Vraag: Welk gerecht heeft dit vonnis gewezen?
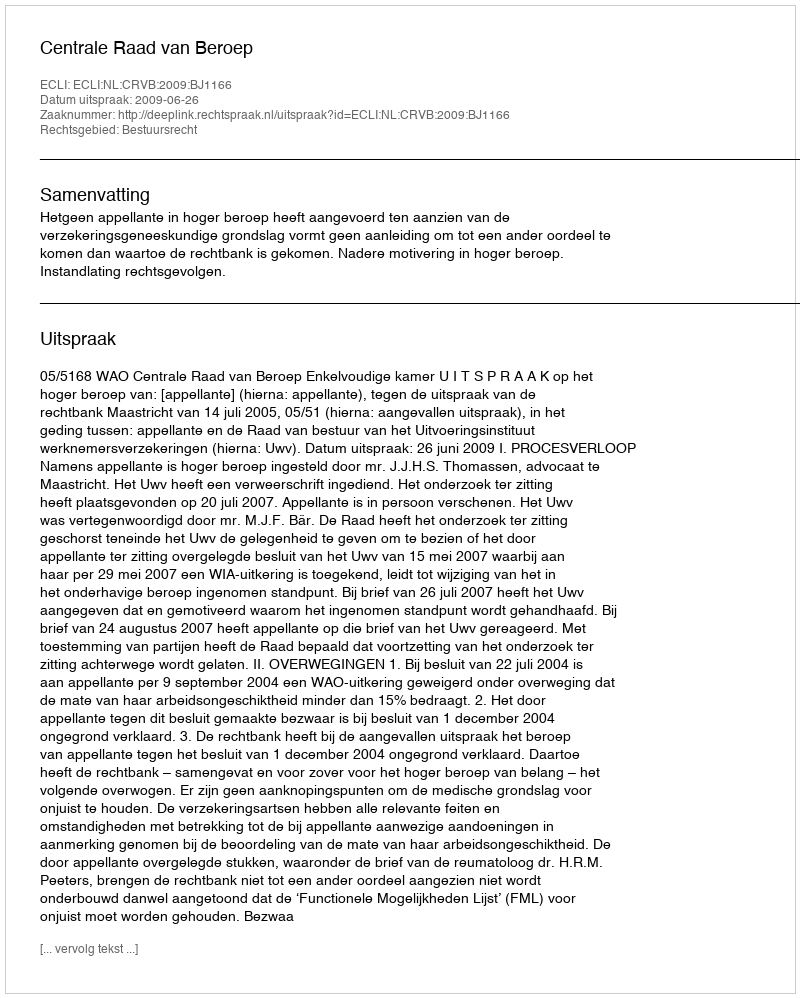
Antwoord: Centrale Raad van Beroep